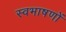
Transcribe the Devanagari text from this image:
स्वभाषणों